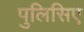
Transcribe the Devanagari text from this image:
पुलिसिए